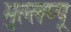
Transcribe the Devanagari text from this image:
मुल्लप्पू